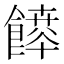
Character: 𩞳